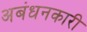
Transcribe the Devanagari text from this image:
अबंधनकारी